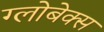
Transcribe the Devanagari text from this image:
ग्लोबेक्स